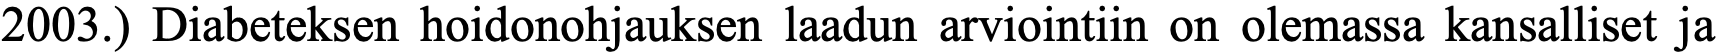
2003.) Diabeteksen hoidonohjauksen laadun arviointiin on olemassa kansalliset ja